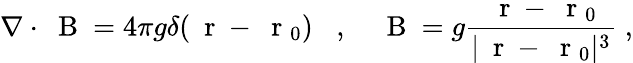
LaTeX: \nabla\cdot\mathrm{~\mathbf~B~}=4\pi g\delta(\mathrm{~\mathbf~r~}-\mathrm{~\mathbf~r~}_{0})\; \; \; ,\; \; \; \mathrm{~\mathbf~B~}=g\frac{\mathrm{~\mathbf~r~}-\mathrm{~\mathbf~r~}_{0}}{|\mathrm{~\mathbf~r~}-\mathrm{~\mathbf~r~}_{0}|^{3}}\; ,